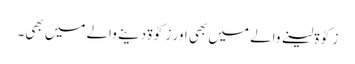
زکوٰۃ لینے والے میں بھی اور زکوٰۃ دینے والے میں بھی۔